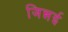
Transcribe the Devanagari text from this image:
जिन्नई